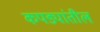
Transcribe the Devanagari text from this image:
कपड्यांतील